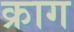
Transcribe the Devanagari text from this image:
क्राग